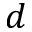
d